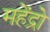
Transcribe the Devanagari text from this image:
महेंद्रो